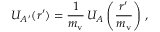
U _ { A ^ { \prime } } ( \boldsymbol r ^ { \prime } ) = { \frac { 1 } { m _ { \mathrm { v } } } } \, U _ { A } \left( { \frac { \boldsymbol r ^ { \prime } } { m _ { \mathrm { v } } } } \right) \, ,